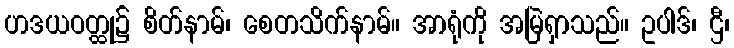
ဟဒယဝတ္ထု၌ စိတ်နာမ်၊ စေတသိက်နာမ်။ အာရုံကို အမြဲရှာသည်။ ဥပါဒ်၊ ဌီ၊